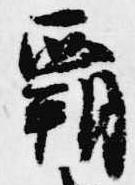
覇